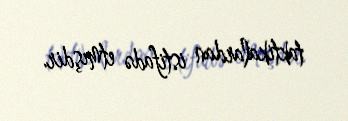
taktikalardan istifadə etmışdir.